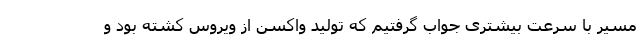
مسیر با سرعت بیشتری جواب گرفتیم که تولید واکسن از ویروس کشته بود و